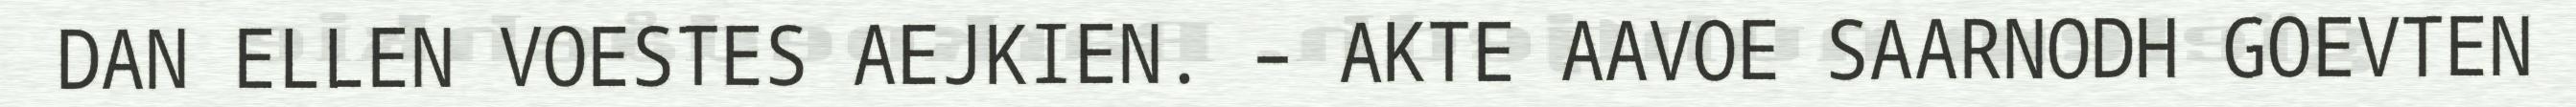
DAN ELLEN VOESTES AEJKIEN. – AKTE AAVOE SAARNODH GOEVTEN